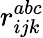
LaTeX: r_{ijk}^{abc}